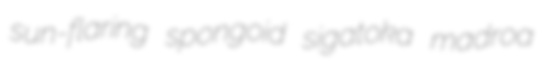
sun-flaring spongoid sigatoka madroa